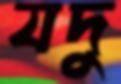
যদু